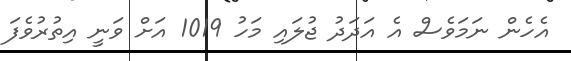
އެހެން ނަމަވެސް އެ އަދަދު ޖުލައި މަހު 1019 އަށް ވަނީ އިތުރުވެފަ